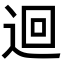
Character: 迴